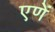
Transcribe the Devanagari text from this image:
एणें